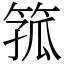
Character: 箛